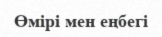
Өмірі мен еңбегі